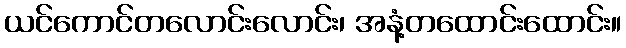
ယင်ကောင်တလောင်းလောင်း၊ အနံ့တထောင်းထောင်း။